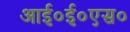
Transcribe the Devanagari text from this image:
आई०ई०एस०